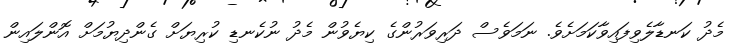
މެދު ކަނޑާލެވިފައިވާކަމަށެވެ. ނަމަވެސް ދަރިވަރުންގެ ކިޔެވުން މެދު ނުކެނޑި ކުރިޔަށް ގެންދިޔުމަށް އޮންލައިން